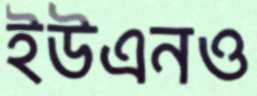
ইউএনও